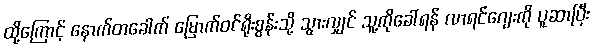
ထို့ကြောင့် နောက်တခေါက် မြောက်ဝင်ရိုးစွန်းသို့ သွားလျှင် သူ့ကိုခေါ်ရန် လာရင်ဂျေးကို ပူဆာပြီး